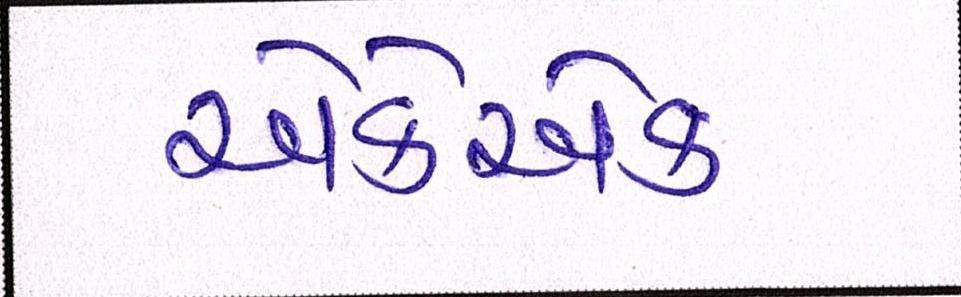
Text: એકેએક